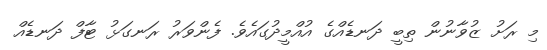
މި ރަށު ޒުވާނުން ތިބީ ދަނޑެއްގެ އުއްމީދުގައެވެ. ފެންވަރު ރަނގަޅު ޓާފް ދަނޑެއް